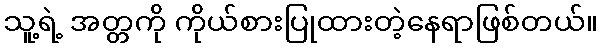
သူ့ရဲ့ အတ္တကို ကိုယ်စားပြုထားတဲ့နေရာဖြစ်တယ်။